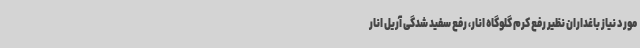
مورد نیاز باغداران نظیر رفع کرم گلوگاه انار، رفع سفید شدگی آریل انار